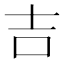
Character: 吉